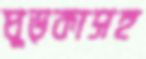
ঘুড়কাসহ